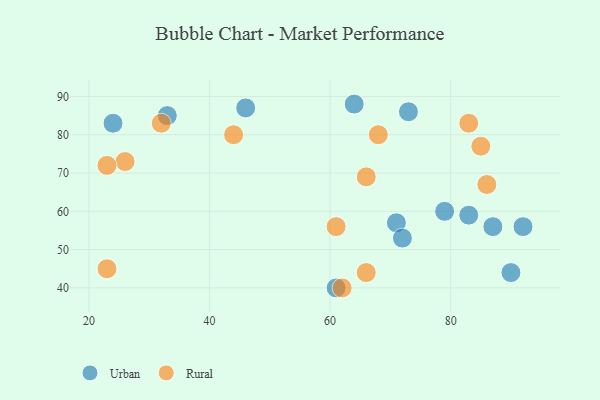
{"axis": {"x": "GDP", "y": "Life Expectancy"}, "legend": ["Rural", "Urban"], "data": [{"x": "24", "y": 83, "type": "Urban"}, {"x": "64", "y": 88, "type": "Urban"}, {"x": "46", "y": 87, "type": "Urban"}, {"x": "61", "y": 40, "type": "Urban"}, {"x": "90", "y": 44, "type": "Urban"}, {"x": "79", "y": 60, "type": "Urban"}, {"x": "83", "y": 59, "type": "Urban"}, {"x": "71", "y": 57, "type": "Urban"}, {"x": "73", "y": 86, "type": "Urban"}, {"x": "33", "y": 85, "type": "Urban"}, {"x": "87", "y": 56, "type": "Urban"}, {"x": "92", "y": 56, "type": "Urban"}, {"x": "72", "y": 53, "type": "Urban"}, {"x": "85", "y": 77, "type": "Rural"}, {"x": "26", "y": 73, "type": "Rural"}, {"x": "62", "y": 40, "type": "Rural"}, {"x": "32", "y": 83, "type": "Rural"}, {"x": "61", "y": 56, "type": "Rural"}, {"x": "83", "y": 83, "type": "Rural"}, {"x": "66", "y": 69, "type": "Rural"}, {"x": "68", "y": 80, "type": "Rural"}, {"x": "23", "y": 72, "type": "Rural"}, {"x": "44", "y": 80, "type": "Rural"}, {"x": "23", "y": 45, "type": "Rural"}, {"x": "66", "y": 44, "type": "Rural"}, {"x": "86", "y": 67, "type": "Rural"}]}